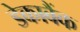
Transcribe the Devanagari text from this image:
डेकाबैंक